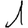
Digit: 1